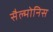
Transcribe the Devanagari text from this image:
सैल्मोनिस